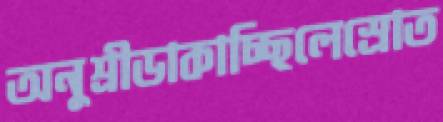
অনুশ্রীডাকাচ্ছিলেস্রোত